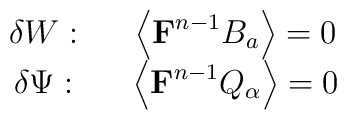
\begin{array}{ccc}\delta W: &  & \left\langle\mbox{{\bf F}}^{n-1}B_a \right\rangle =0 \\ \delta \Psi : &  & \left\langle\mbox{{\bf F}}^{n-1}Q_{\alpha }\right\rangle =0\end{array}